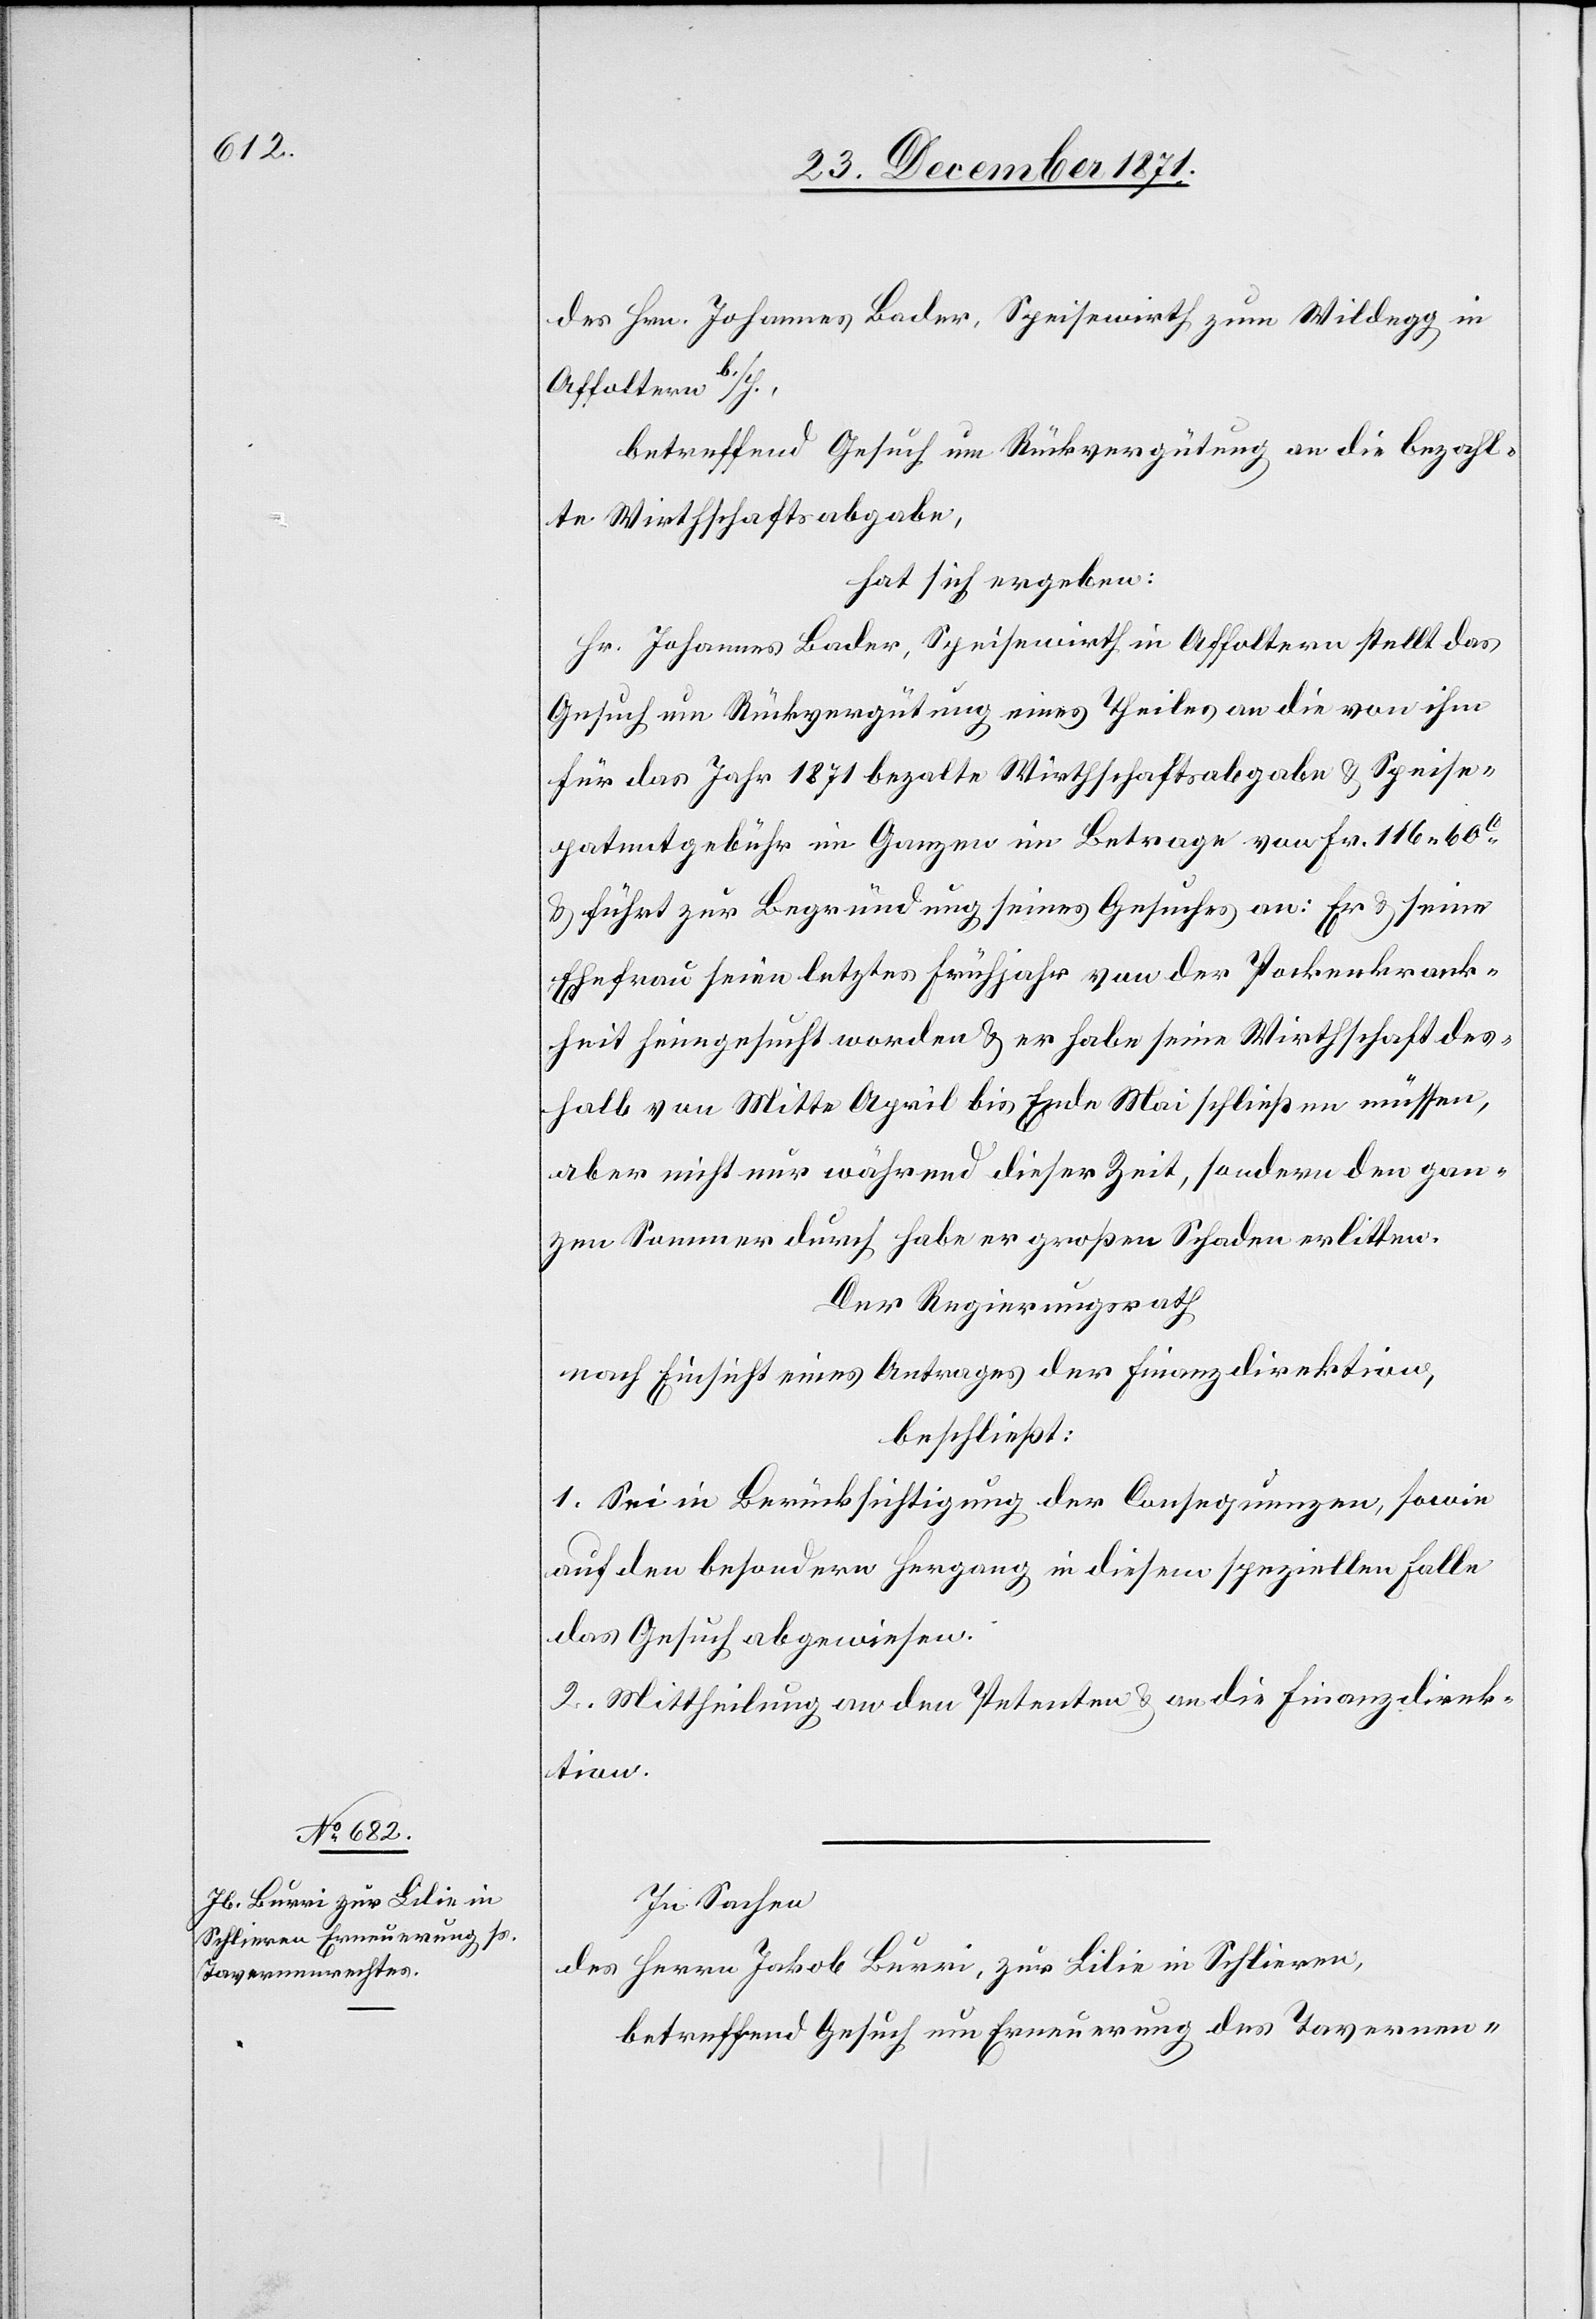
des Hrn. Johannes Bader, Speisewirth zum Wildegg
Affoltern b./H.,
betreffend Gesuch um Rückvergütung an die bezahl¬
te Wirthschaftsabgabe,
hat sich ergeben:
Hr. Johannes Bader, Speisewirth in Affoltern stellt das
Gesuch um Rückvergütung eines Theiles an die von ihm
für das Jahr 1871 bezalte Wirtschaftsabgabe & Speise¬
patentgebühr im Ganzen im Betrage von Fr. 116.60C.
& führt zur Begründung seines Gesuches an: Er & seine
Ehefrau seien letztes Frühjahr von der Pockenkrank¬
heit heimgesucht worden & er habe seine Wirthschaft des¬
halb von Mitte April bis Ende Mai schließen müssen,
aber nicht nur während dieser Zeit, sondern den gan¬
zen Sommer durch habe er großen Schaden erlitten.
Der Regierungsrath
nach Einsicht eines Antrages der Finanzdirektion,
beschließt:
1. Sei in Berücksichtigung der Cosequenzen, sowie
auf den besondern Hergang in diesem speziellen Falle
das Gesuch abgewiesen.
2. Mittheilung an den Petenten & an die Finanzdirek¬
tion.
In Sachen
des Herrn Jakob Burri, zur Lilie in Schlieren,
betreffend Gesuch um Erneuerung des Tavernen-